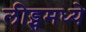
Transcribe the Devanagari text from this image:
लीड्समध्ये